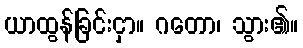
ယာထွန်ခြင်းငှာ။ ဂတော၊ သွား၏။